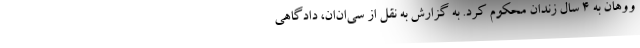
ووهان به 4 سال زندان محکوم کرد. به گزارش به نقل از سی‌ان‌ان، دادگاهی